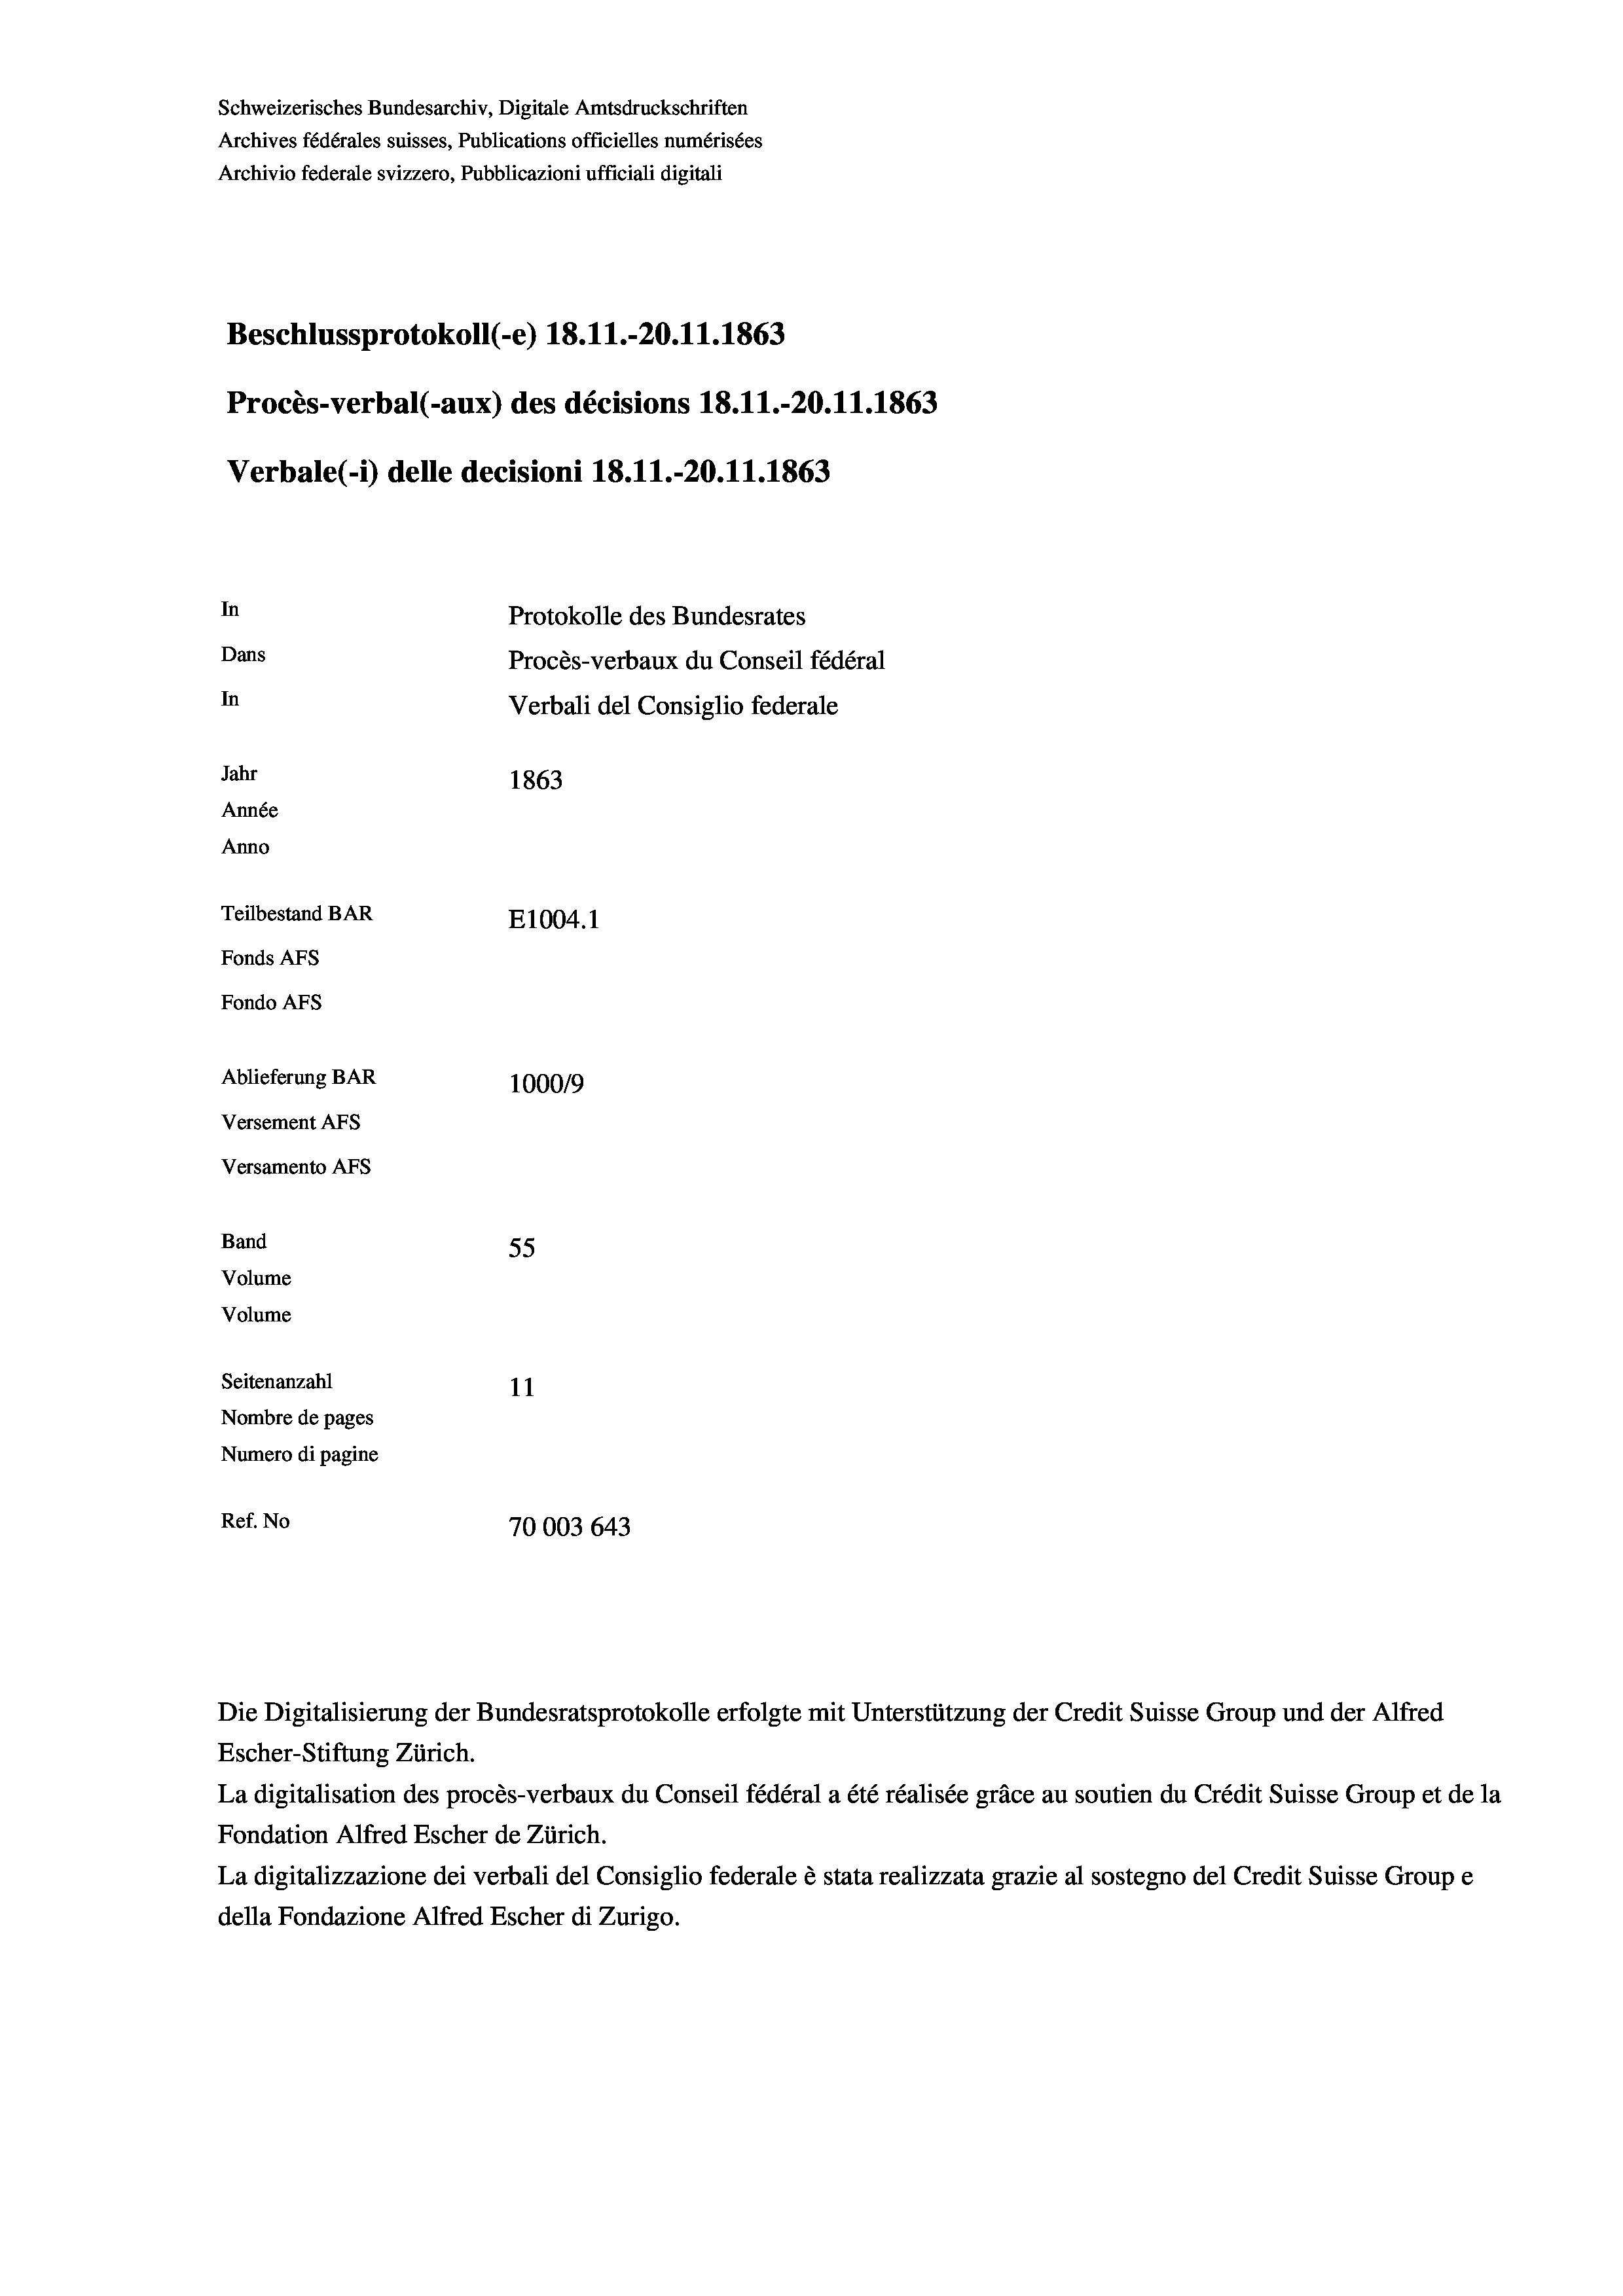
Schweizerisches Bundesarchiv, Digitale Amtsdruckschriften
Archives fédérales suisses, Publications officielles numérisées
Archivio federale svizzero, Pubblicazioni ufficiali digitali
Beschlussprotokoll (-e) 18.11.-20.11.1863
Procès-verbal (-aux) des décisions 18.11.-20.11.1863
Verbale (- 1) delle decisioni 18.11.-20.11.1863
In
Protokolle des Bundesrates
Dans
Procès-verbaux du Conseil fédéral
In
Verbali del Consiglio federale
Jahr
1863
Année
Anno
Teilbestand BAR
E1004. 1
Fonds AFs
Fondo AFS
Ablieferung BAR
100019
Versement AFs
Versamento Afs

55
11
Nombre de pages
Numero di pagine
Ref. No
70003 643

Band
Volume
Volume
Seitenanzahl

Escher-Stiftung Zürich.
La digitalisation des procès-verbaux du Conseil fédéral a été réalisée gräce au soutien du Crédit Suisse Group et de la
Fondation Alfred Escher de Zürich.
La digitalizzazione dei verbali del Consiglio federale è stata realizzata grazie al sostegno del Credit Suisse Groupe
della Fondazione Alfred Escher di Zurigo.

Die Digitalisierung der Bundesratsprotokolle erfolgte mit Unterstützung der Credit Suisse Group und der Alfred